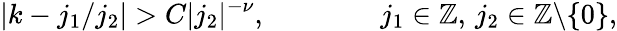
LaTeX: |k-j_{1}/j_{2}|>C|j_{2}|^{-\nu},\qquad\qquad j_{1}\in\mathbb{Z},\, j_{2}\in\mathbb{Z}\backslash\{ 0\} ,